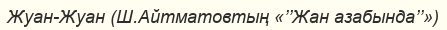
Жуан-Жуан (Ш.Айтматовтың «’’Жан азабында’’»)